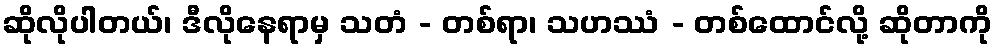
ဆိုလိုပါတယ်၊ ဒီလိုနေရာမှ သတံ - တစ်ရာ၊ သဟဿံ - တစ်ထောင်လို့ ဆိုတာကို